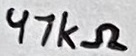
Text: 47kΩ